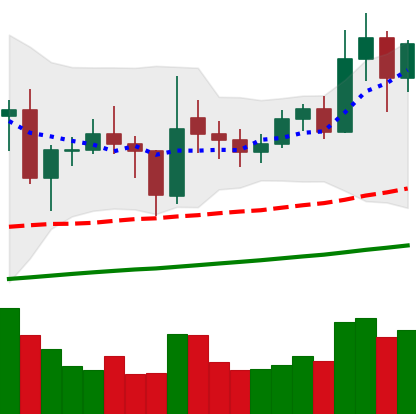
Ticker: ETC-USD
Chart end date: 2021-02-08
Forward return: 90.829%
Label: up_7plus